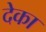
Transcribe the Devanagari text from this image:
देका